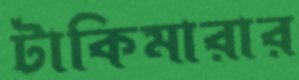
টাকিমারার